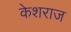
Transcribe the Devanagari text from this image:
केशराज